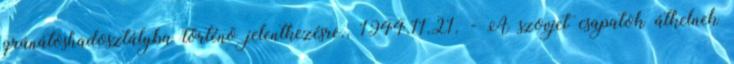
gránátoshadosztályba történõ jelentkezésre., 1944.11.21. - A szovjet csapatok átkelnek